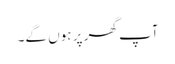
آپ گھر پر ہوں گے۔